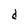
Character: d